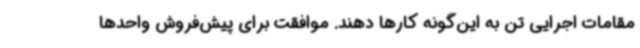
مقامات اجرایی تن به این‌گونه کارها دهند. موافقت برای پیش‌فروش واحدها